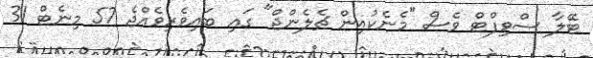
ޓޭލާ ސްވިފްޓް ވެސް "މެނެކުއިން ޗެލެންޖް" ގައި ބައިވެރިވެއްޖެ 57 މިނެޓް 31